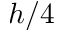
h / 4